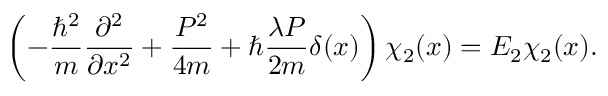
\left( - { \frac { \hbar ^ { 2 } } { m } } { \frac { \partial ^ { 2 } } { \partial x ^ { 2 } } } + { \frac { P ^ { 2 } } { 4 m } } + \hbar { \frac { \lambda P } { 2 m } } \delta ( x ) \right) \chi _ { 2 } ( x ) = E _ { 2 } \chi _ { 2 } ( x ) .